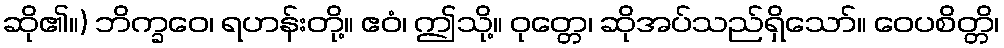
ဆို၏။) ဘိက္ခဝေ၊ ရဟန်းတို့။ ဧဝံ၊ ဤသို့။ ဝုတ္တေ၊ ဆိုအပ်သည်ရှိသော်။ ဝေပစိတ္တိ၊